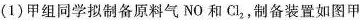
(1)甲组同学拟制备原料气NO和Cl_{2}，制备装置如图甲